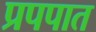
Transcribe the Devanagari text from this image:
प्रपपात